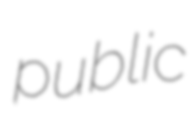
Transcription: public